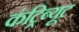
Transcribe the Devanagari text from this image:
कंट्रिब्यूट